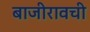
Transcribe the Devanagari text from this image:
बाजीरावची